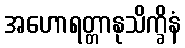
အဟောရတ္တာနုသိက္ခိနံ